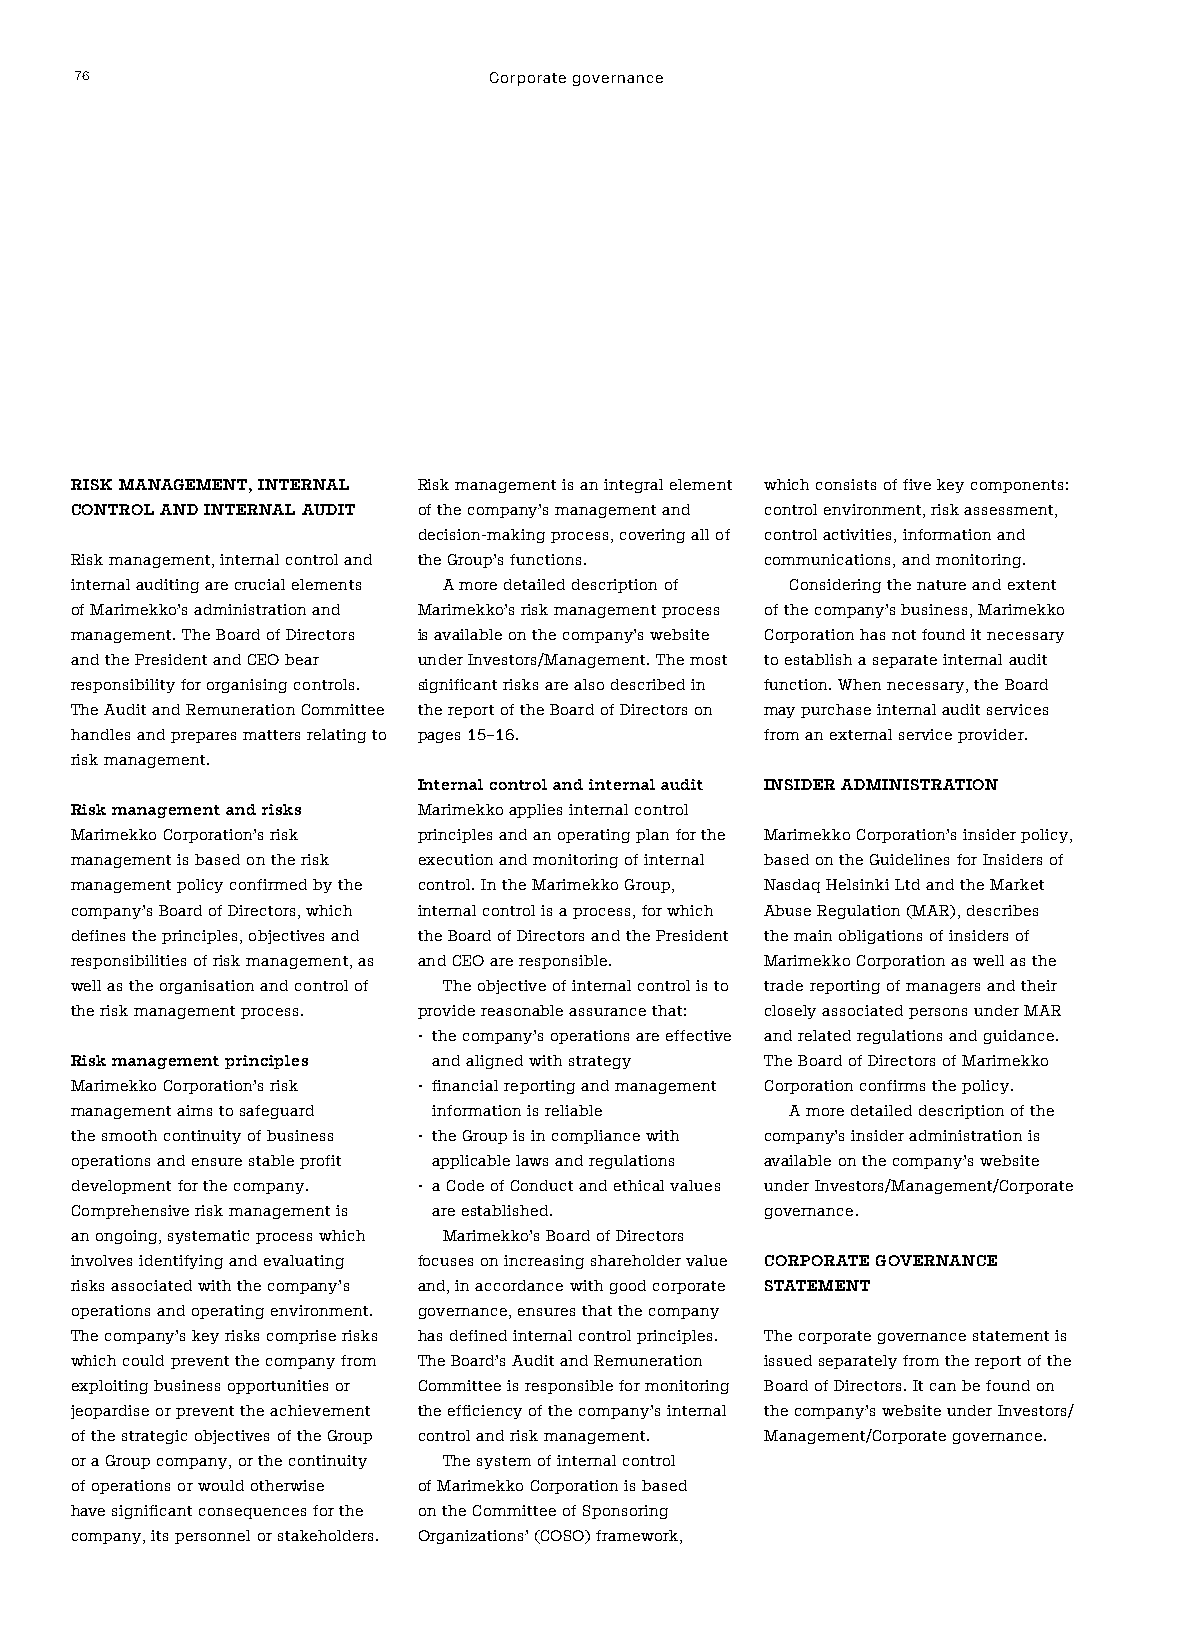
76                         Corporate governance
 RISK MANAGEMENT, INTERNAL Risk management is an integral element which consists of five key components:
 CONTROL AND INTERNAL AUDIT of the company’s management and control environment, risk assessment,
 decision-making process, covering all of control activities, information and
 Risk management, internal control and the Group’s functions. communications, and monitoring.
 internal auditing are crucial elements A more detailed description of Considering the nature and extent
 of Marimekko’s administration and Marimekko’s risk management process of the company’s business, Marimekko
 management. The Board of Directors is available on the company’s website Corporation has not found it necessary
 and the President and CEO bear under Investors/Management. The most to establish a separate internal audit
 responsibility for organising controls. significant risks are also described in function. When necessary, the Board
 The Audit and Remuneration Committee the report of the Board of Directors on may purchase internal audit services
 handles and prepares matters relating to pages 15–16. from an external service provider.
 risk management.
 Internal control and internal audit INSIDER ADMINISTRATION
 Risk management and risks Marimekko applies internal control
 Marimekko Corporation’s risk principles and an operating plan for the Marimekko Corporation’s insider policy,
 management is based on the risk execution and monitoring of internal based on the Guidelines for Insiders of
 management policy confirmed by the control. In the Marimekko Group, Nasdaq Helsinki Ltd and the Market
 company’s Board of Directors, which internal control is a process, for which Abuse Regulation (MAR), describes
 defines the principles, objectives and the Board of Directors and the President the main obligations of insiders of
 responsibilities of risk management, as and CEO are responsible. Marimekko Corporation as well as the
 well as the organisation and control of The objective of internal control is to trade reporting of managers and their
 the risk management process. provide reasonable assurance that: closely associated persons under MAR
 • the company’s operations are effective and related regulations and guidance.
 Risk management principles and aligned with strategy The Board of Directors of Marimekko
 Marimekko Corporation’s risk • financial reporting and management Corporation confirms the policy.
 management aims to safeguard information is reliable A more detailed description of the
 the smooth continuity of business • the Group is in compliance with company’s insider administration is
 operations and ensure stable profit applicable laws and regulations available on the company’s website
 development for the company. • a Code of Conduct and ethical values under Investors/Management/Corporate
 Comprehensive risk management is are established. governance.
 an ongoing, systematic process which Marimekko’s Board of Directors
 involves identifying and evaluating focuses on increasing shareholder value CORPORATE GOVERNANCE
 risks associated with the company’s and, in accordance with good corporate STATEMENT
 operations and operating environment. governance, ensures that the company
 The company’s key risks comprise risks has defined internal control principles. The corporate governance statement is
 which could prevent the company from The Board’s Audit and Remuneration issued separately from the report of the
 exploiting business opportunities or Committee is responsible for monitoring Board of Directors. It can be found on
 jeopardise or prevent the achievement the efficiency of the company’s internal the company’s website under Investors/
 of the strategic objectives of the Group control and risk management. Management/Corporate governance.
 or a Group company, or the continuity The system of internal control
 of operations or would otherwise of Marimekko Corporation is based
 have significant consequences for the on the Committee of Sponsoring
 company, its personnel or stakeholders. Organizations’ (COSO) framework,